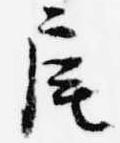
扈